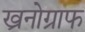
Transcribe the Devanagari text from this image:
ख्रनोग्राफ